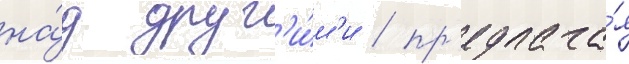
на́д друг'и́м'и / пр'едлага́я